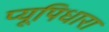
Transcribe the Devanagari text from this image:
प्यूपिधारा